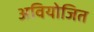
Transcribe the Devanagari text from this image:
अवियोजित